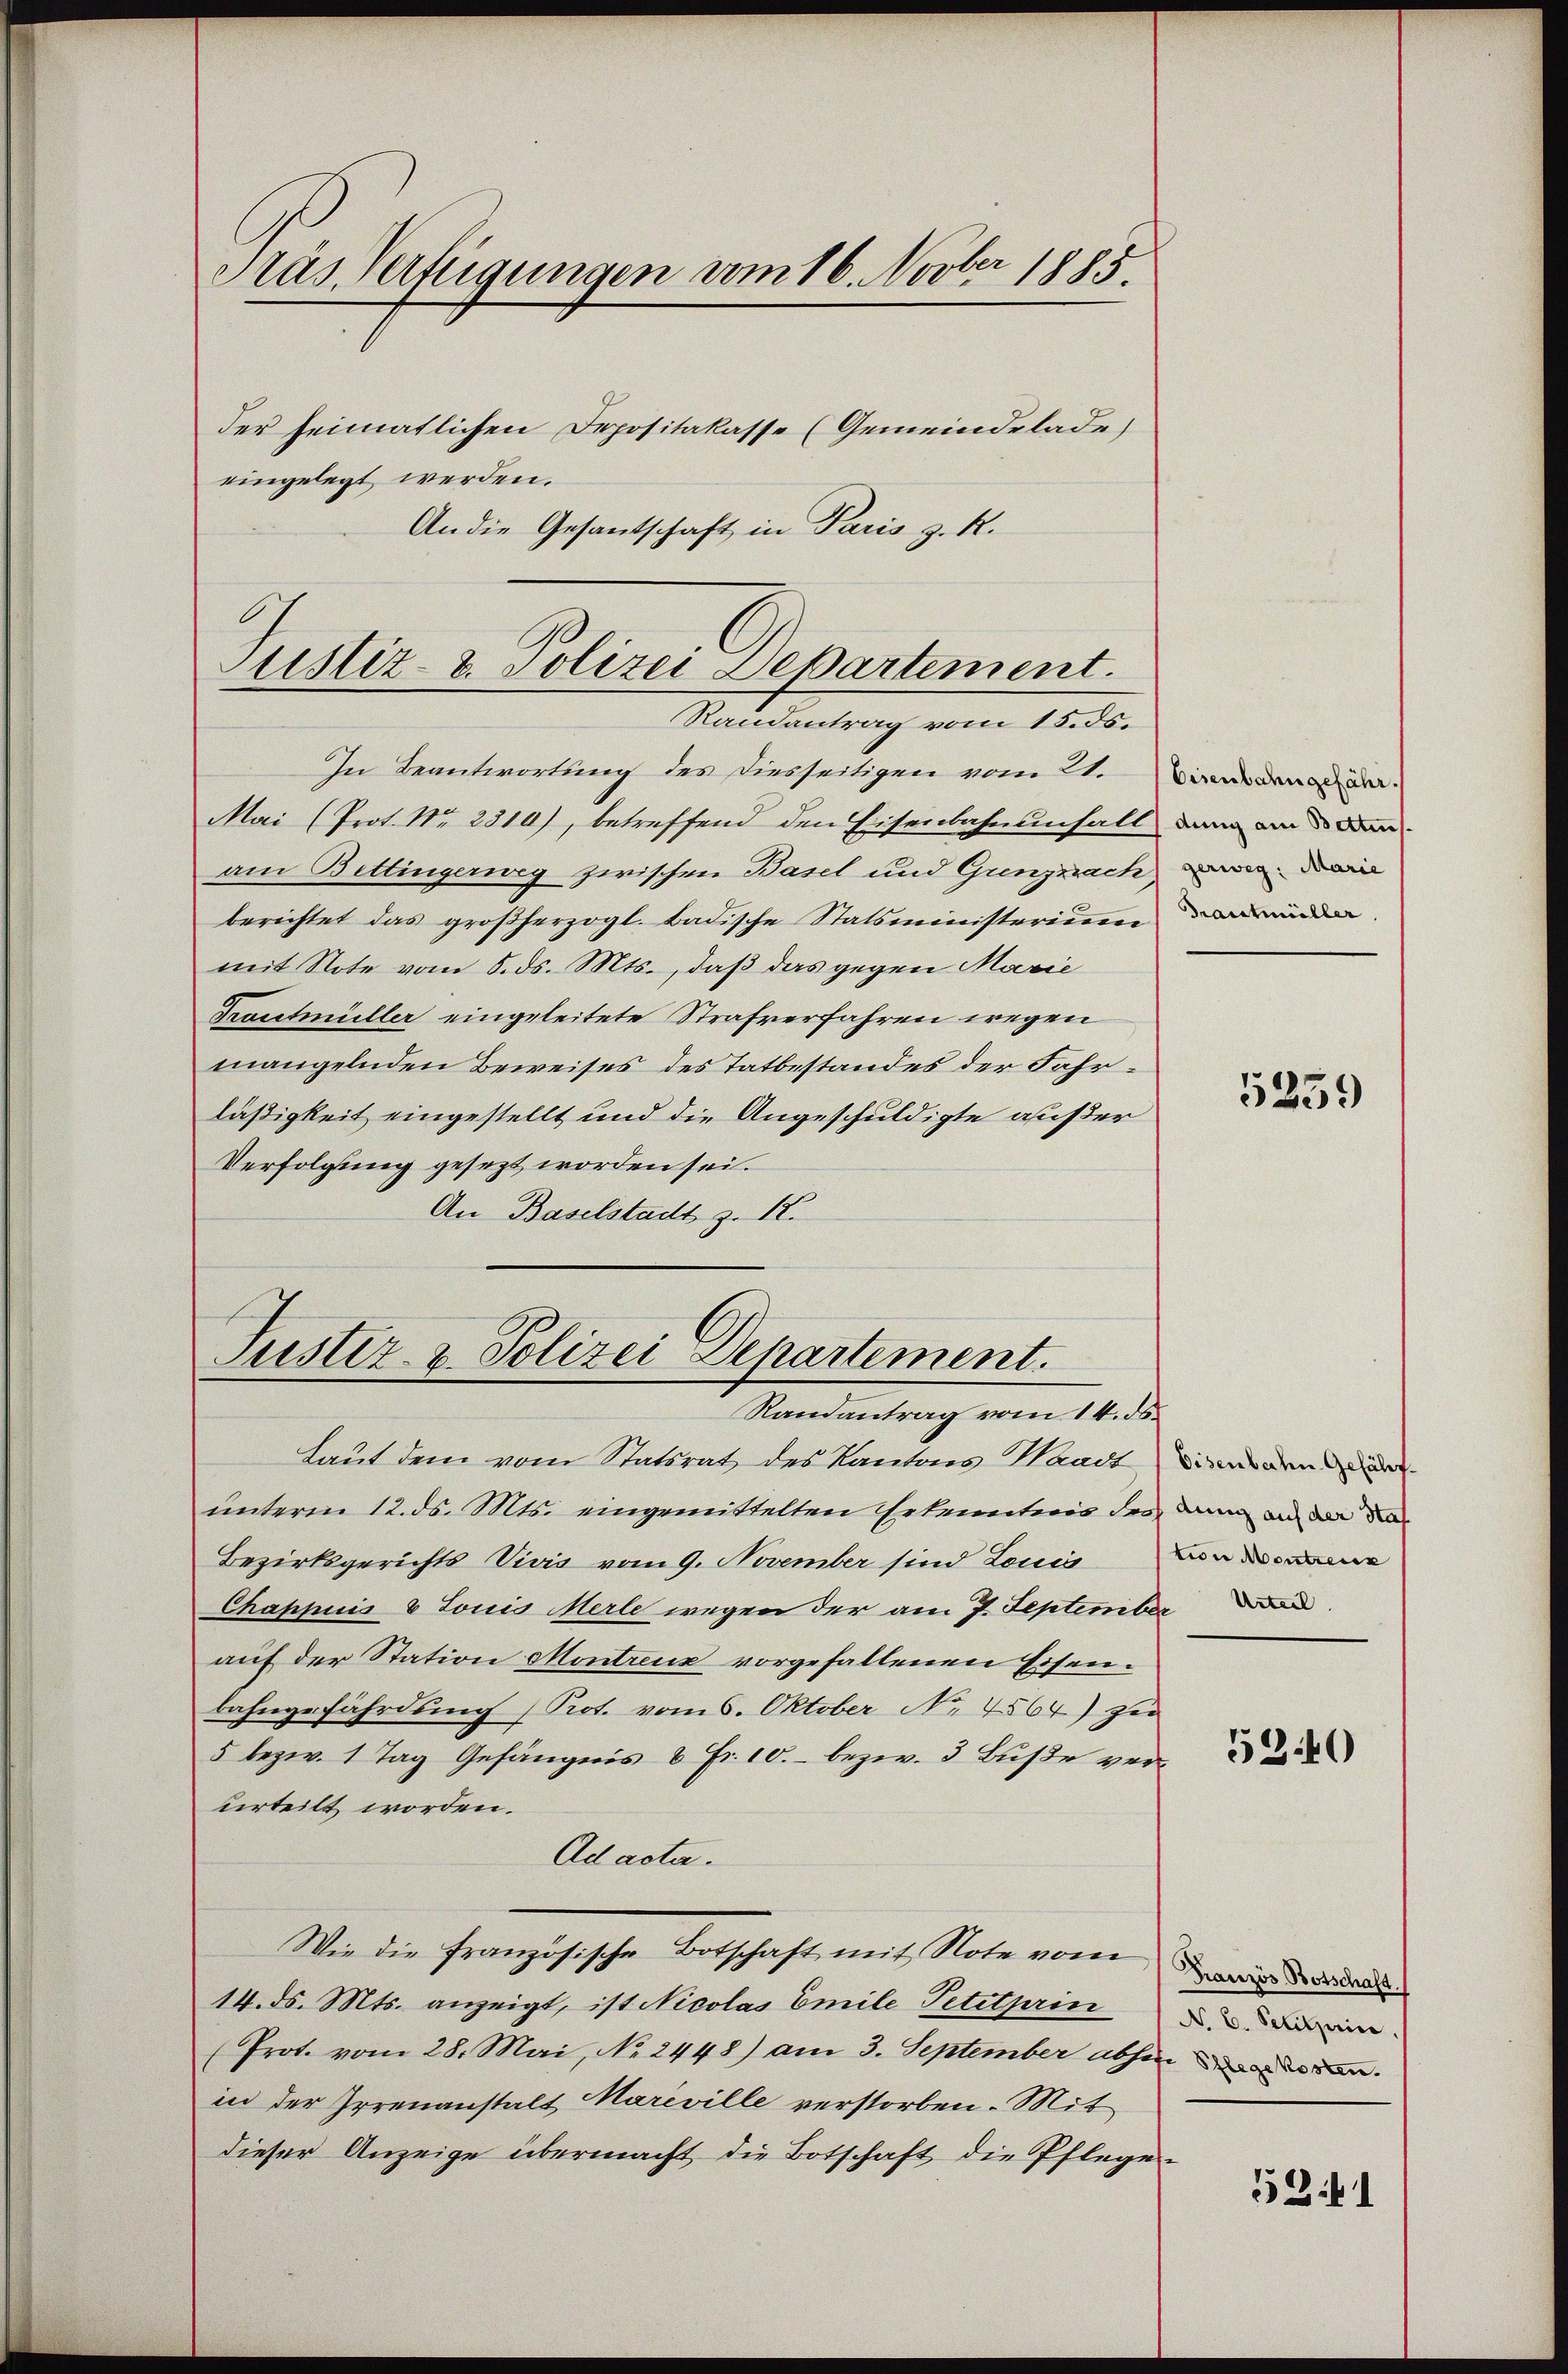
Krás Verfügungen vom 16. Novber 1885.

der heimatlichen Depositakasse (Gemeindelade,
eingelegt werden.
An die Gesantschaft in Paris z. R.

In Beantwortung des Diesseitigen vom 21.
Mai (Prot. Nr. 2310), betreffend den Eisenbahnenfall an am 3. den
am Bettingerweg zwischen Basel und Gunznach, wie
berichtet das großherzogl. badische Statsministerium den
mit Note vom 5. ds. Mts., daß das gegen Marie
Tractmüller eingeleitete Strafverfahren wegen
mangelnden Beweises des Tatbestandes der Fahrläßigkeit eingestellt und die Angeschuldigte außer
Verfolgung gesezt worden sei.
An Baselstadt z. 12.

Laut dem vom Statsrat des Kantons Waadt eingen
unterm 12. ds. Mts. eingemittelten Erkenntnis des ann an der die
Bezirksgerichts Vivis vom 9. November sind Louis von den
Chappuis & Louis Merle wegen der am 7. September da
auf der Station Montreux vorgefallenen Eisenbahngefährdung (Not. vom 6. Oktober No. 4564) zu
5 bezw. 1 Tag Gefängnis 8 Fr. 10.- bezw. 3 Buße verurteilt worden.
Ad acta.
Wie die französische Botschaft mit Note vom
14. d. Mts. anzeigt, ist Nicolas Emile Petitprin
Prot. vom 28. Mai, No 2448) am 3. September absend de
in der Irrenanstalt Mariville verstorben. Mit
dieser Anzeige übermacht die Botschaft die Pflege

Justiz- & Polizei Departement.
Randantrag vom 15. ds.

Justiz- & Polizei Departement.
Randantrag vom 14. ds.

Eisenbahngefähr.

5239

52.40

Französ. Botschaft
No. 6. Selilaire.

5241